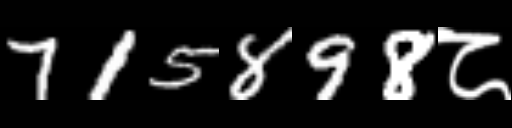
Text: 715898८